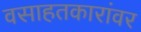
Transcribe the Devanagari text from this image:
वसाहतकारांवर